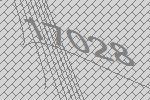
17028